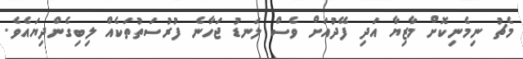
މެޗު ނިމެނިކޮށް މާޒިޔާ އަދި ފޭދުއަށް ވެސް ލަނޑު ޖަހާނެ ފުރުސަތުތަކެއް ލިބިގެންދިޔައެވެ.